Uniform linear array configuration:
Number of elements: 12
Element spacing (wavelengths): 0.5
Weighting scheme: hann
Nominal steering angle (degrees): -15
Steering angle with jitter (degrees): -13.921
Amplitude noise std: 0.05
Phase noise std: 0.05

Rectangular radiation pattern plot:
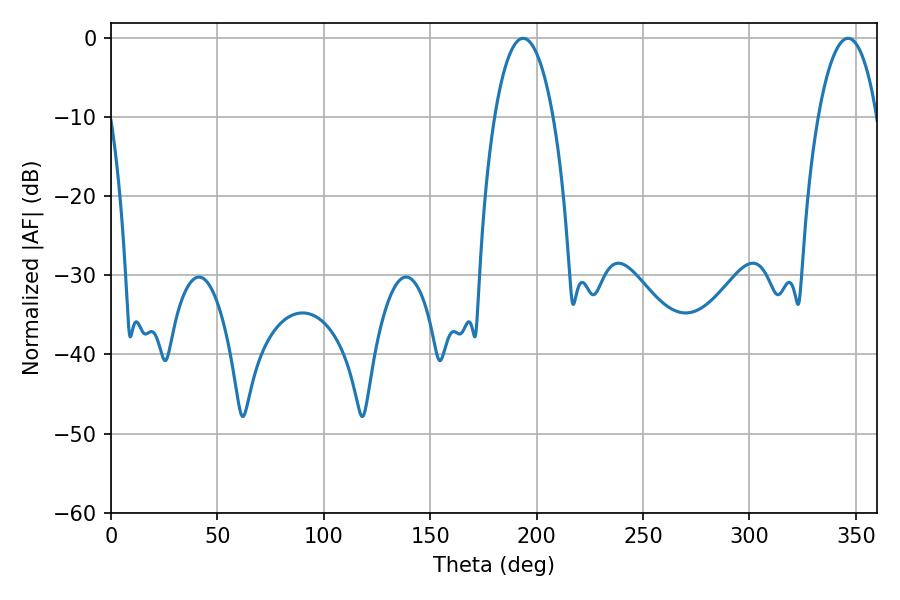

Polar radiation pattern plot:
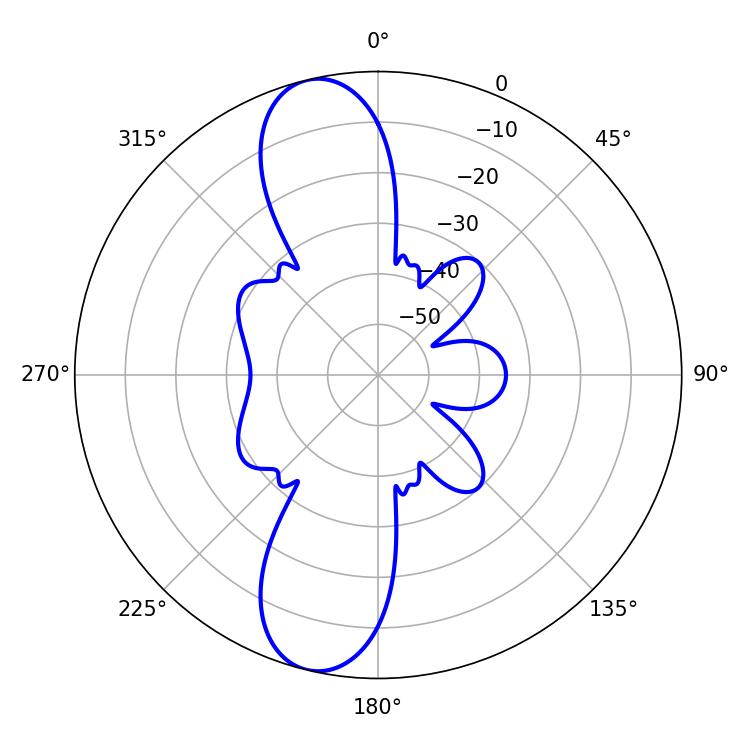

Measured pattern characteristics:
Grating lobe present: FALSE
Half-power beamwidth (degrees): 15.3
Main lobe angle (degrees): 193.68